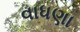
વાધણા